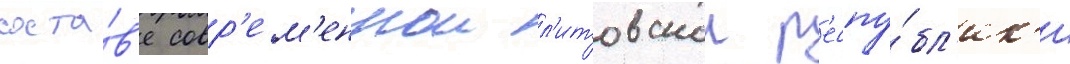
соста́в'е совр'ем'еннои л'итовскои р'еспу́бл'ик'и